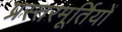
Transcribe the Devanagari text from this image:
प्रस्तरमूर्तियों